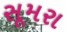
સૂમરા